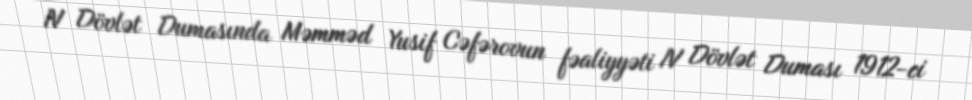
IV Dövlət Dumasında Məmməd Yusif Cəfərovun fəaliyyəti IV Dövlət Duması 1912-ci